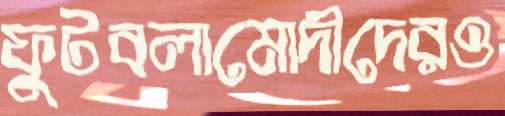
ফুটবলামোদীদেরও